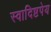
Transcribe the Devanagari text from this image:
स्वादिष्टपेय